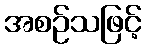
အစဉ်သဖြင့်